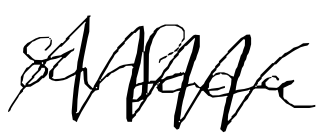
Text: surface
Cross-out: zig-zag
Writing tool: digital_black